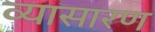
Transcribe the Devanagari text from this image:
व्यासारण